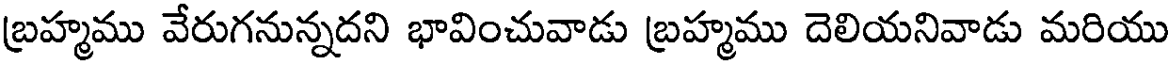
బ్రహ్మము వేరుగనున్నదని భావించువాడు బ్రహ్మము దెలియనివాడు మరియు